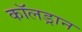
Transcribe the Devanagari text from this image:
कॉलड्रान